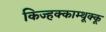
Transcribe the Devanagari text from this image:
किज्हक्काम्थूक्कू